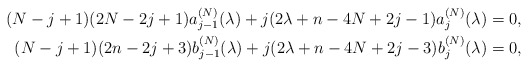
\begin{align*} (N-j+1)(2N-2j+1)a^{(N)}_{j-1}(\lambda)+j(2\lambda+n-4N+2j-1)a_j^{(N)}(\lambda)&=0,\\ (N-j+1)(2n-2j+3)b_{j-1}^{(N)}(\lambda)+j(2\lambda+n-4N+2j-3)b_j^{(N)}(\lambda)&=0, \end{align*}